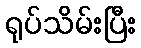
ရုပ်သိမ်းပြီး